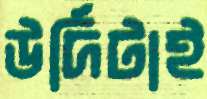
উর্দিটাই